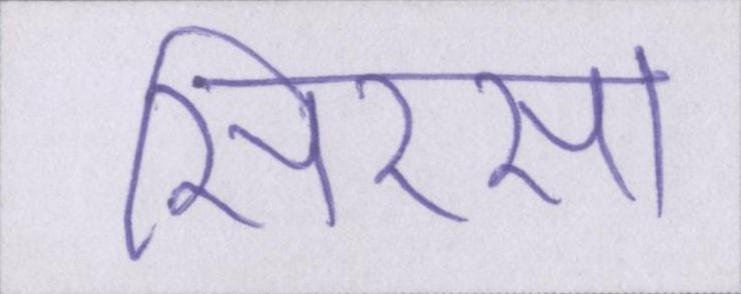
सिरसा